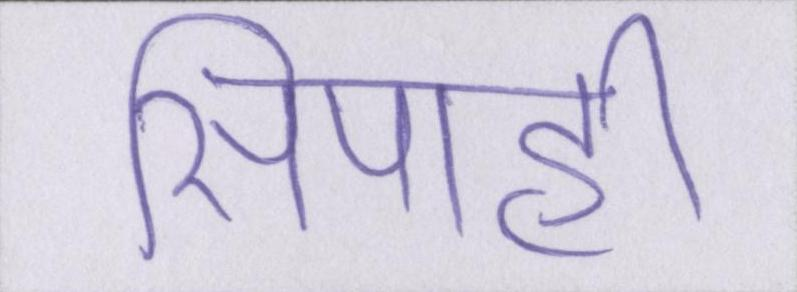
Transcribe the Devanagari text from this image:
सिपाही